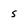
Character: 5